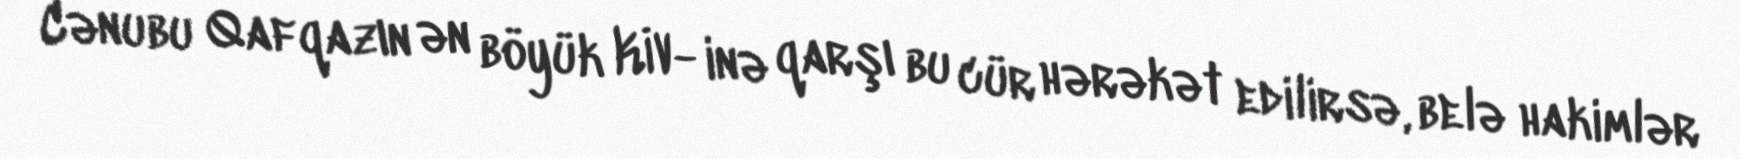
Cənubu Qafqazın ən böyük KİV- inə qarşı bu cür hərəkət edilirsə, belə hakimlər